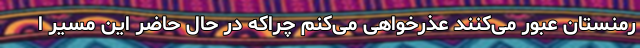
رمنستان عبور می‌کنند عذرخواهی می‌کنم چراکه در حال حاضر این مسیر ا